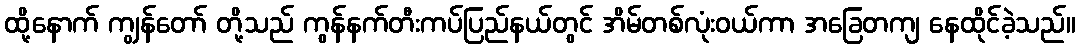
ထို့နောက် ကျွန်တော် တို့သည် ကွန်နက်တီးကပ်ပြည်နယ်တွင် အိမ်တစ်လုံးဝယ်ကာ အခြေတကျ နေထိုင်ခဲ့သည်။